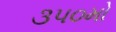
૩૫૦મો